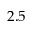
2 . 5